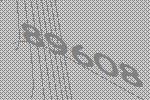
89608